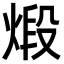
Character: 煅